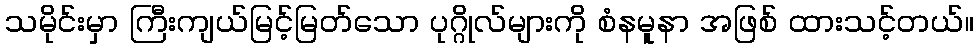
သမိုင်းမှာ ကြီးကျယ်မြင့်မြတ်သော ပုဂ္ဂိုလ်များကို စံနမူနာ အဖြစ် ထားသင့်တယ်။